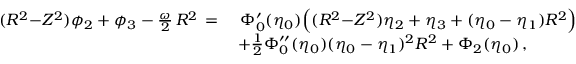
\begin{array} { r l } { ( R ^ { 2 } { - } Z ^ { 2 } ) \phi _ { 2 } + \phi _ { 3 } - \frac { \omega } { 2 } \, R ^ { 2 } \, = \, } & { \, \Phi _ { 0 } ^ { \prime } ( \eta _ { 0 } ) \Bigl ( ( R ^ { 2 } { - } Z ^ { 2 } ) \eta _ { 2 } + \eta _ { 3 } + ( \eta _ { 0 } - \eta _ { 1 } ) R ^ { 2 } \Bigr ) } \\ & { + \frac 1 2 \Phi _ { 0 } ^ { \prime \prime } ( \eta _ { 0 } ) ( \eta _ { 0 } - \eta _ { 1 } ) ^ { 2 } R ^ { 2 } + \Phi _ { 2 } ( \eta _ { 0 } ) \, , } \end{array}